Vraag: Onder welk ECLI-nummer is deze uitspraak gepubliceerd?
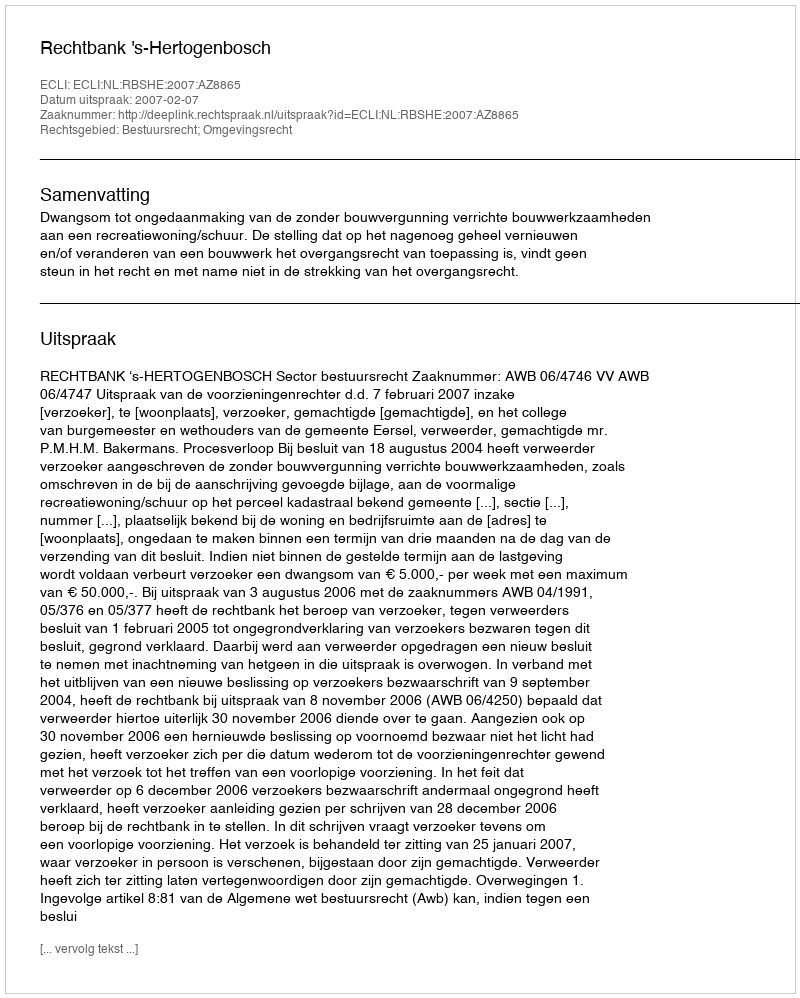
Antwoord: ECLI:NL:RBSHE:2007:AZ8865